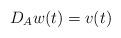
LaTeX: \begin{align*}D_A w(t) = v(t)\end{align*}